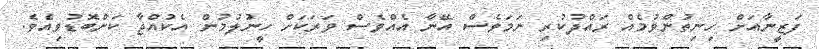
ފަޒީނާއަށް ހިނިތުންވުމެއް ރައްދުކުރި ނަމަވެސް އޭނާ އެއްވެސް ވަރަކަށް ހީނުލުމުން އެކުއްޖާ ކަންބޮޑުވިއެވެ.